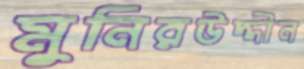
মুনিরউদ্দীন